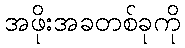
အဖိုးအခတစ်ခုကို